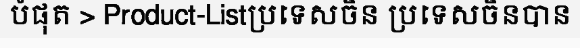
បំផុត > Product-Listប្រទេសចិន ប្រទេសចិនបាន